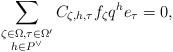
\begin{align*}\sum_{\substack{\zeta\in\Omega, \tau\in \Omega^\prime \\ h\in P^\vee}} C_{\zeta, h,\tau} f_\zeta q^h e_{\tau} = 0,\end{align*}